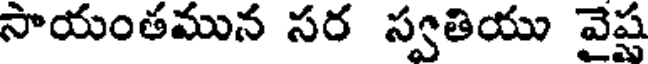
సాయంతమున సర స్వతియు వైప్ట